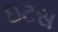
ઇટસ